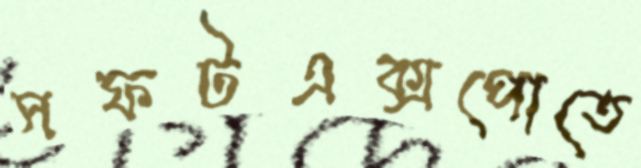
সফটএক্সপোতে